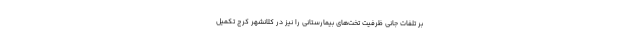
بر تلفات جانی ظرفیت تخت‌های بیمارستانی را نیز در کلانشهر کرج تکمیل